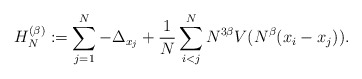
\begin{align*} H_N^{(\beta)}:= \sum_{j=1}^N -\Delta_{x_j}+\frac{1}{N}\sum_{i<j}^N N^{3\beta} V(N^\beta(x_i-x_j)).\end{align*}